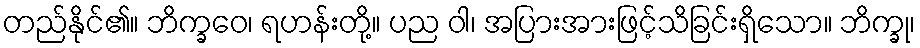
တည်နိုင်၏။ ဘိက္ခဝေ၊ ရဟန်းတို့။ ပည ဝါ၊ အပြားအားဖြင့်သိခြင်းရှိသော။ ဘိက္ခု၊